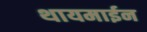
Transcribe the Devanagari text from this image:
थायमाईन